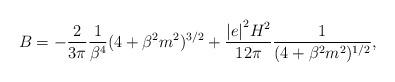
LaTeX: \begin{align*}B = - \frac{2}{3 \pi} \frac{1}{\beta^4} (4 + \beta^2 m^2 )^{3/2} + \frac{{\vert e \vert}^2 H^2}{12 \pi} \frac{1}{ (4 + \beta^2 m^2)^{1/2}},\end{align*}